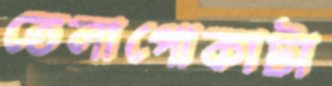
তেলাপোকাটা